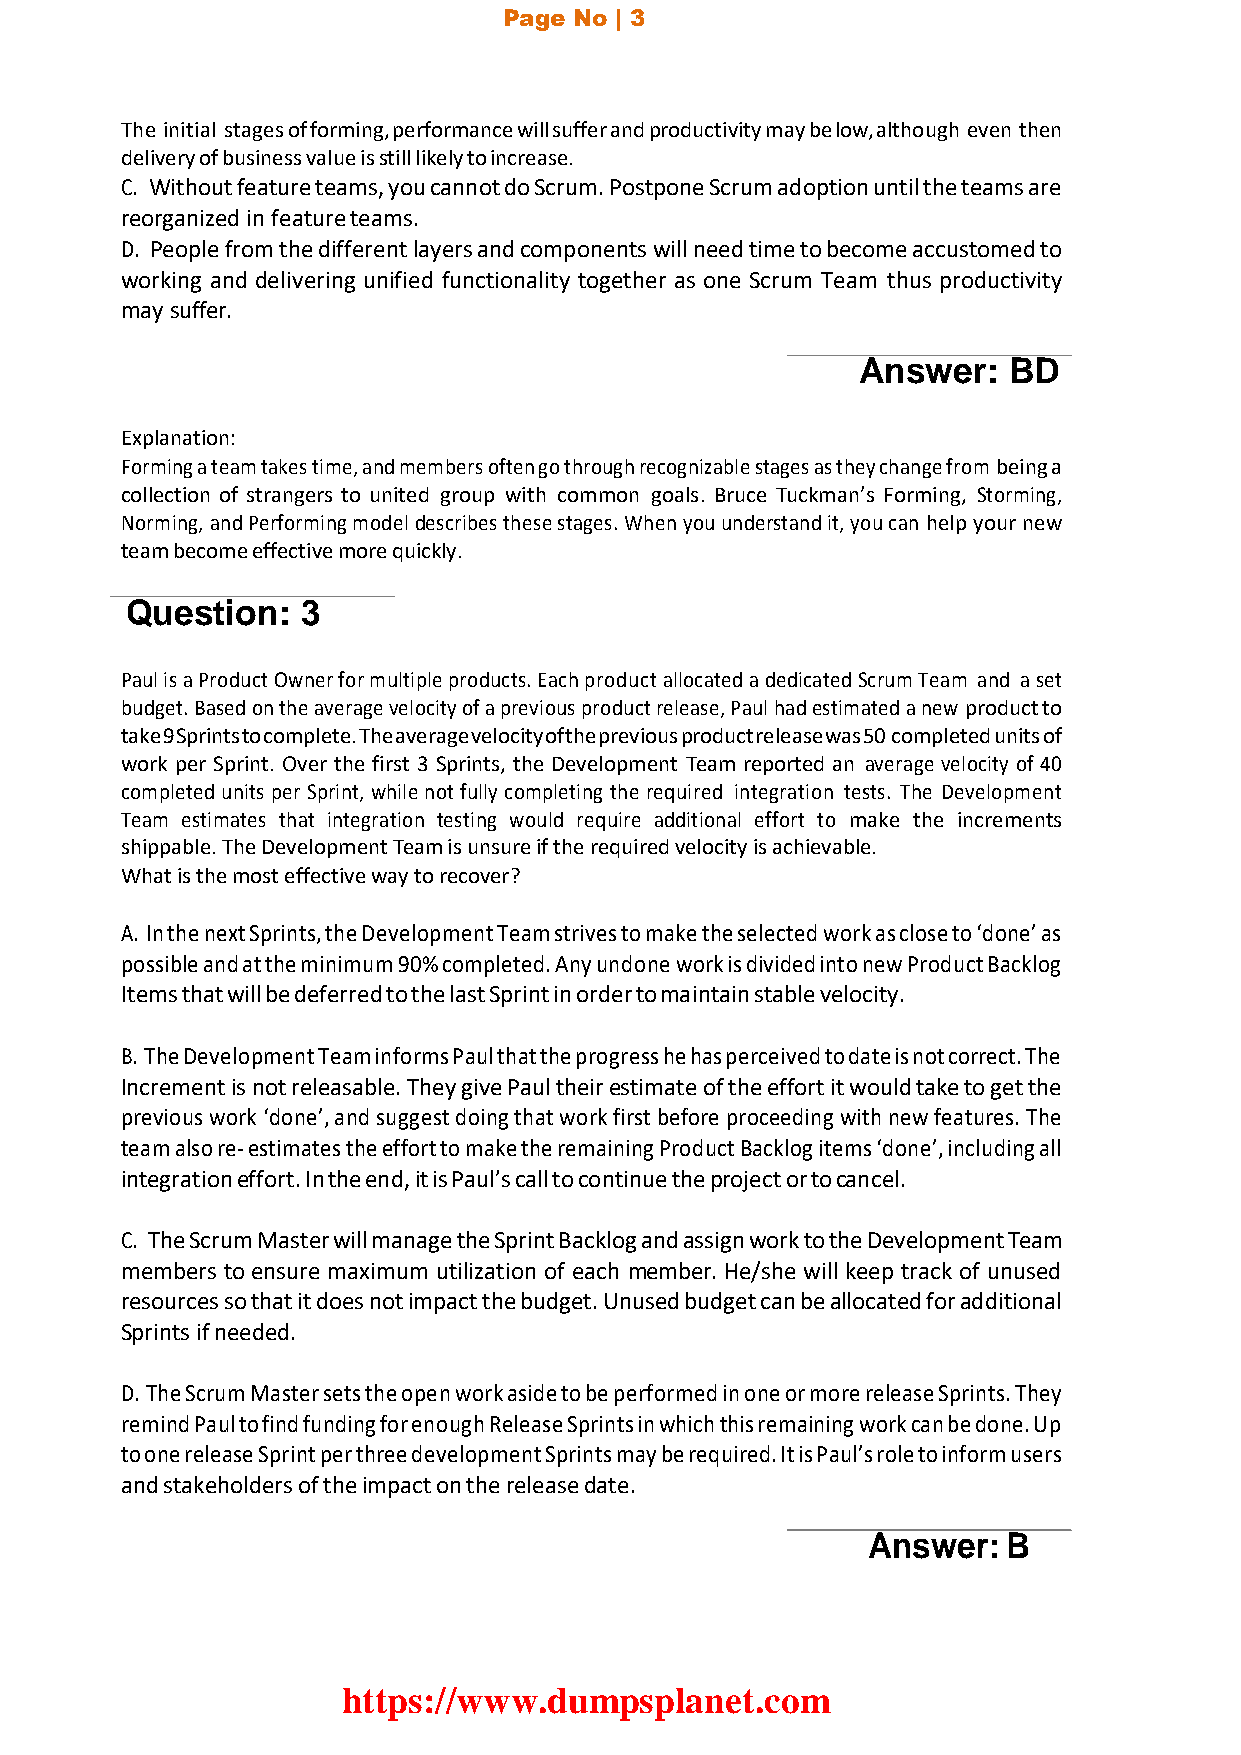
Page No | 3
 The initial stages of forming, performance will suffer and productivity may be low, although even then
 delivery of business value is still likely to increase.
 C. Without feature teams, you cannot do Scrum. Postpone Scrum adoption until the teams are
 reorganized in feature teams.
 D. People from the different layers and components will need time to become accustomed to
 working and delivering unified functionality together as one Scrum Team thus productivity
 may suffer.
 Answer:   BD
 Explanation:
 Forming a team takes time, and members often go through recognizable stages as they change from being a
 collection of strangers to united group with common goals. Bruce Tuckman’s Forming, Storming,
 Norming, and Performing model describes these stages. When you understand it, you can help your new
 team become effective more quickly.
 Question:   3
 Paul is a Product Owner for multiple products. Each product allocated a dedicated Scrum Team and a set
 budget. Based on the average velocity of a previous product release, Paul had estimated a new product to
 take 9 Sprints to complete. The average velocity of the previous product release was 50 completed units of
 work per Sprint. Over the first 3 Sprints, the Development Team reported an average velocity of 40
 completed units per Sprint, while not fully completing the required integration tests. The Development
 Team estimates that integration testing would require additional effort to make the increments
 shippable. The Development Team is unsure if the required velocity is achievable.
 What is the most effective way to recover?
 A. In the next Sprints, the Development Team strives to make the selected work as close to ‘done’ as
 possible and at the minimum 90% completed. Any undone work is divided into new Product Backlog
 Items that will be deferred to the last Sprint in order to maintain stable velocity.
 B. The Development Team informs Paul that the progress he has perceived to date is not correct. The
 Increment is not releasable. They give Paul their estimate of the effort it would take to get the
 previous work ‘done’, and suggest doing that work first before proceeding with new features. The
 team also re- estimates the effort to make the remaining Product Backlog items ‘done’, including all
 integration effort. In the end, it is Paul’s call to continue the project or to cancel.
 C. The Scrum Master will manage the Sprint Backlog and assign work to the Development Team
 members to ensure maximum utilization of each member. He/she will keep track of unused
 resources so that it does not impact the budget. Unused budget can be allocated for additional
 Sprints if needed.
 D. The Scrum Master sets the open work aside to be performed in one or more release Sprints. They
 remind Paul to find funding for enough Release Sprints in which this remaining work can be done. Up
 to one release Sprint per three development Sprints may be required. It is Paul’s role to inform users
 and stakeholders of the impact on the release date.
 Answer:   B
 https://www.dumpsplanet.com